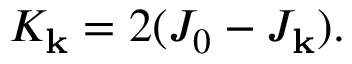
K _ { \mathbf { k } } = 2 ( J _ { 0 } - J _ { \mathbf { k } } ) .